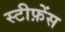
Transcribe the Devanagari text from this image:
स्टीफ़ेंस